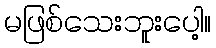
မဖြစ်သေးဘူးပေါ့။